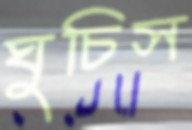
ঘুচিস